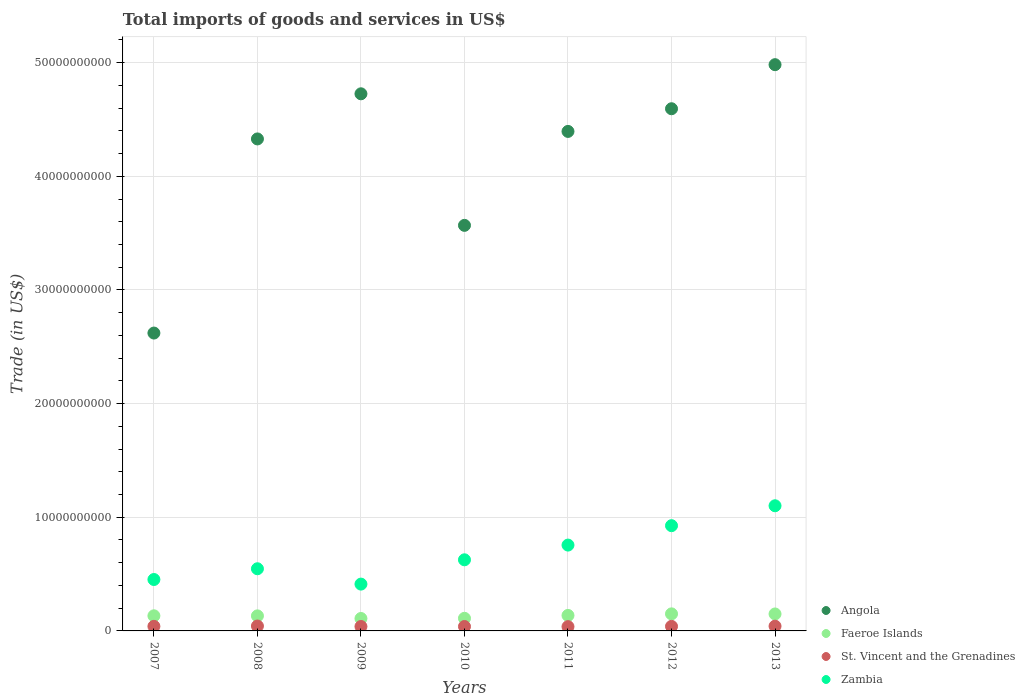
| Years | Angola | Faeroe Islands | St. Vincent and the Grenadines | Zambia |
 | --- | --- | --- | --- | --- |
 | 2007 | 2.62e+10 | 1.33e+09 | 4.02e+08 | 4.52e+09 |
 | 2008 | 4.33e+10 | 1.32e+09 | 4.31e+08 | 5.47e+09 |
 | 2009 | 4.73e+10 | 1.09e+09 | 3.88e+08 | 4.12e+09 |
 | 2010 | 3.57e+10 | 1.11e+09 | 3.89e+08 | 6.26e+09 |
 | 2011 | 4.39e+10 | 1.36e+09 | 3.77e+08 | 7.55e+09 |
 | 2012 | 4.59e+10 | 1.5e+09 | 4.01e+08 | 9.26e+09 |
 | 2013 | 4.98e+10 | 1.49e+09 | 4.18e+08 | 1.1e+10 |